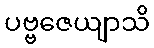
ပဗ္ဗဇေယျာသိ